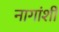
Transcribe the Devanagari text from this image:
नागांशी